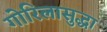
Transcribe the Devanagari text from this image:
गोरिलासुद्धा